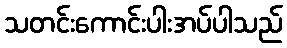
သတင်းကောင်းပါးအပ်ပါသည်